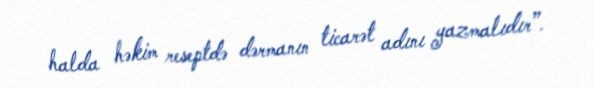
halda həkim reseptdə dərmanın ticarət adını yazmalıdır”.